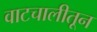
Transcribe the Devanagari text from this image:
वाटचालीतून